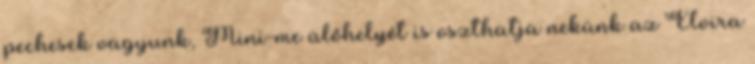
pechesek vagyunk, Mini-me ülőhelyét is oszthatja nekünk az Elvira